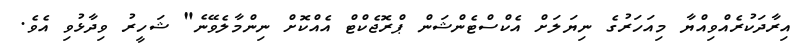
އިރާދަކުރެއްވިއްޔާ މިއަހަރުގެ ނިޔަލަށް އެކްސްޓެންޝަން ޕްރޮޖެކްޓް އެއްކޮށް ނިންމާލެވޭނެ" ޝަހީރު ވިދާޅުވި އެވެ.